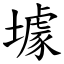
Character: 壉